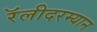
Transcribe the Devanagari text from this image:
रॅलीदरम्यान